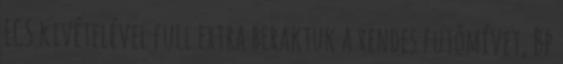
ECS kivételével full extra beraktuk a rendes futómívet, Bp